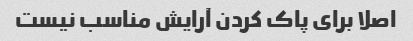
اصلا برای پاک کردن آرایش مناسب نیست